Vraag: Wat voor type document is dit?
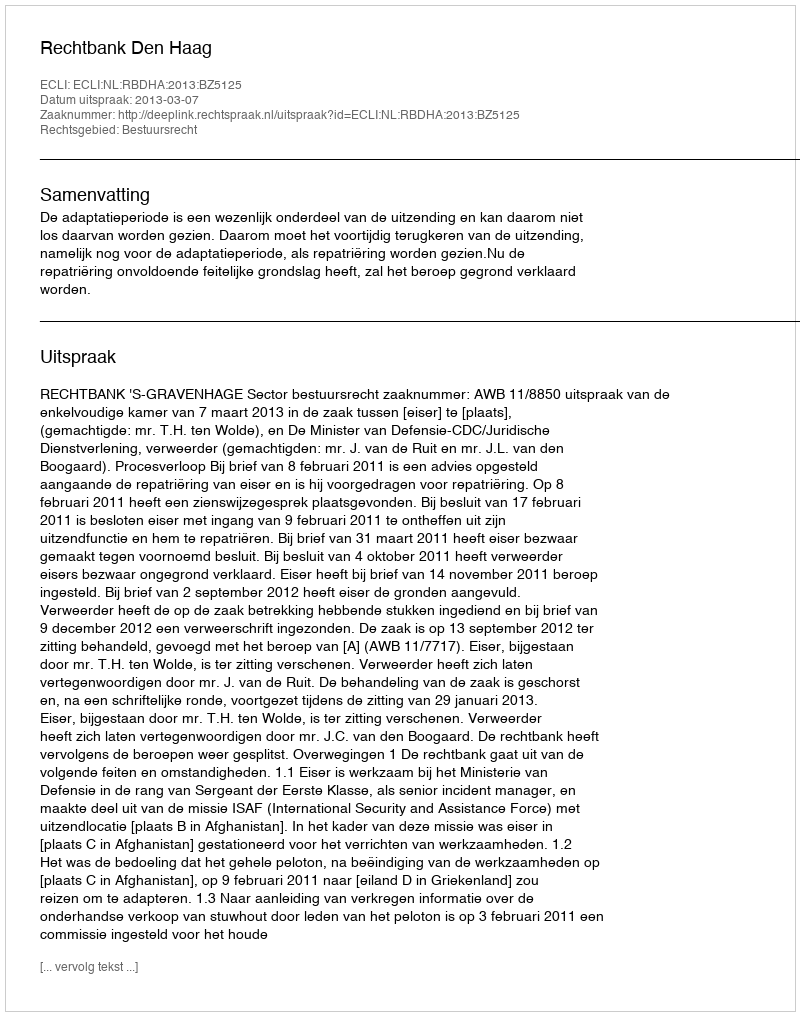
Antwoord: Uitspraak